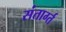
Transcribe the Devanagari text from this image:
संतार्ग्त